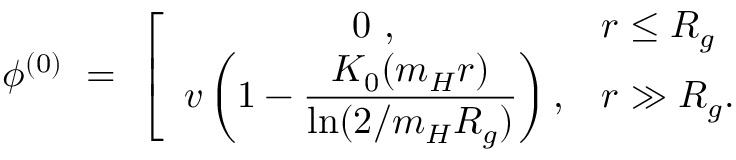
\phi ^ { ( 0 ) } \ = \ \left[ \begin{array} { c l } { { \displaystyle 0 \ , } } & { { r \le R _ { g } } } \\ { { \displaystyle v \left( 1 - \frac { K _ { 0 } ( m _ { H } r ) } { \ln ( 2 / m _ { H } R _ { g } ) } \right) , } } & { { r \gg R _ { g } . } } \end{array} \right.